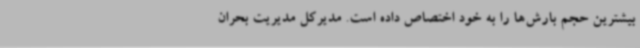
بیشترین حجم بارش‌ها را به خود اختصاص داده است. مدیرکل مدیریت بحران